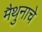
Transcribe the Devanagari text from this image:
मैथुनाचे